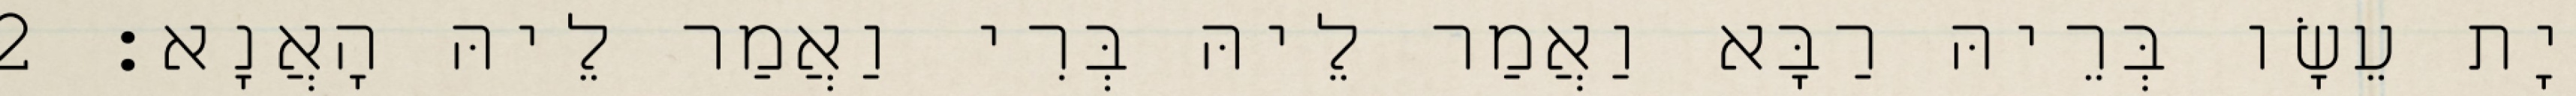
יָת עֵשָׂו בְּרֵיהּ רַבָּא וַאֲמַר לֵיהּ בְּרִי וַאֲמַר לֵיהּ הָאֲנָא׃ 2